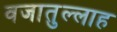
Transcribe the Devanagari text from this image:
वजातुल्लाह